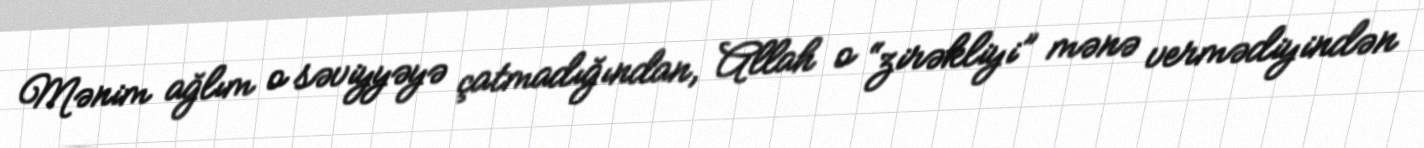
Mənim ağlım o səviyyəyə çatmadığından, Allah o “zirəkliyi” mənə vermədiyindən